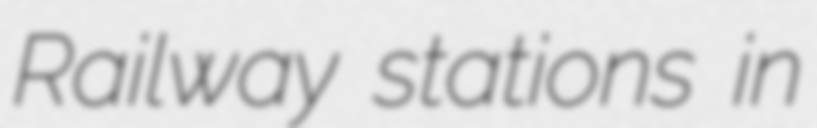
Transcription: Railway stations in